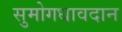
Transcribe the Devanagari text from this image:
सुमोगधावदान